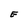
Character: E